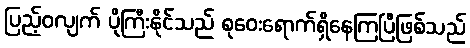
ပြည့်ဝလျက် ပိုကြီးနိုင်သည် စုဝေးရောက်ရှိနေကြပြီဖြစ်သည်